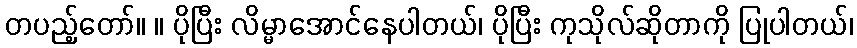
တပည့်တော်။ ။ ပိုပြီး လိမ္မာအောင်နေပါတယ်၊ ပိုပြီး ကုသိုလ်ဆိုတာကို ပြုပါတယ်၊